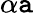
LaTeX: \alpha\mathtt{a}